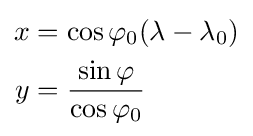
{\begin{aligned}x&=\cos \varphi _{0}(\lambda -\lambda _{0})\\y&={\frac {\sin \varphi }{\cos \varphi _{0}}}\end{aligned}}